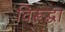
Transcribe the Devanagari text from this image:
विरूद्धा